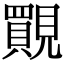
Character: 䚑